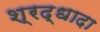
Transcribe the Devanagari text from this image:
श्रद्धादा